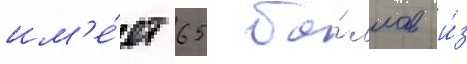
им'е́ет 65 ба́ллов и́з